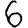
Digit: 6